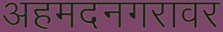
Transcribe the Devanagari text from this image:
अहमदनगरावर